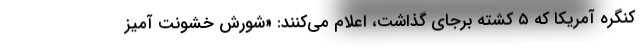
کنگره آمریکا که ۵ کشته برجای گذاشت، اعلام می‌کنند: «شورش خشونت آمیز